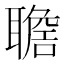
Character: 𦗯